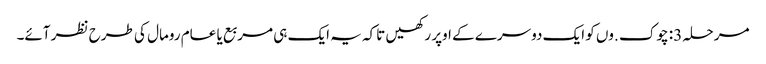
مرحلہ 3: چوک .وں کو ایک دوسرے کے اوپر رکھیں تاکہ یہ ایک ہی مربع یا عام رومال کی طرح نظر آئے۔